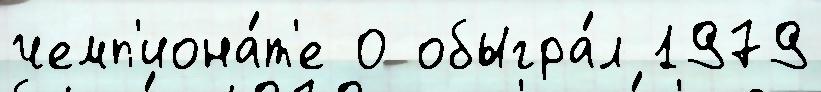
чемп'иона́т'е 0 обыгра́л 1979